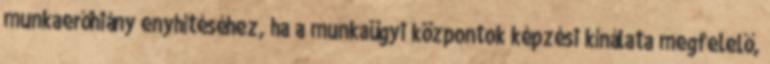
munkaerőhiány enyhítéséhez, ha a munkaügyi központok képzési kínálata megfelelő,